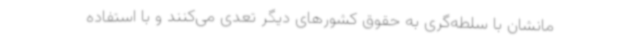
مانشان با سلطه‌گری به حقوق کشورهای دیگر تعدی می‌کنند و با استفاده